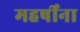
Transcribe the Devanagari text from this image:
महर्षींना